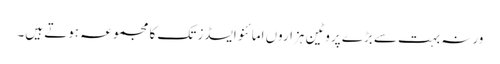
ورنہ بہت سے بڑے پروٹین ہزاروں امائنو ایسڈز تک کا مجموعہ ہوتے ہیں۔